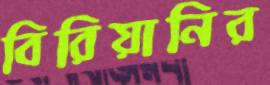
বিরিয়ানির